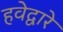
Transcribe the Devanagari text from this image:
हवेद्वारे